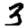
Digit: 3